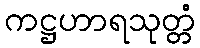
ကဋ္ဌဟာရသုတ္တံ